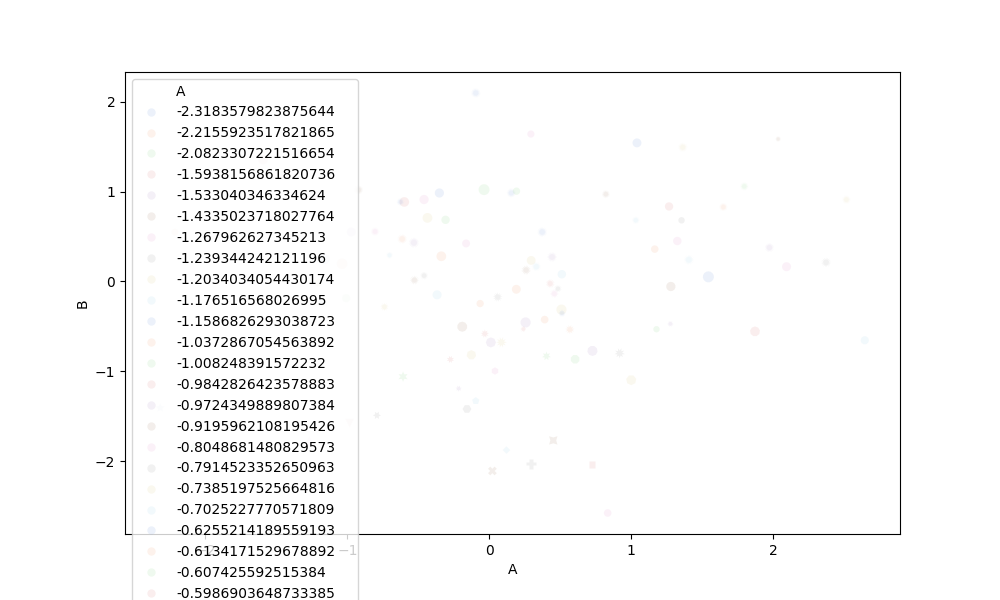
python, seaborn, scatterplot, hue='A', style='B', size='C', palette='muted', alpha=0.1